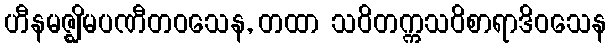
ဟီနမဇ္ဈိမပဏီတဝသေန, တထာ သဝိတက္ကသဝိစာရာဒိဝသေန